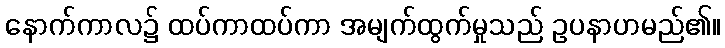
နောက်ကာလ၌ ထပ်ကာထပ်ကာ အမျက်ထွက်မှုသည် ဥပနာဟမည်၏။